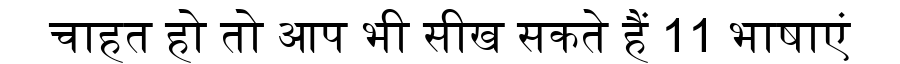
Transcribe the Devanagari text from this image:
चाहत हो तो आप भी सीख सकते हैं 11 भाषाएं